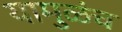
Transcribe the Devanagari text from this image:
यामुळंच